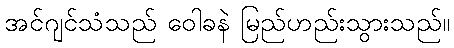
အင်ဂျင်သံသည် ဝေါခနဲ မြည်ဟည်းသွားသည်။